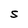
Character: S